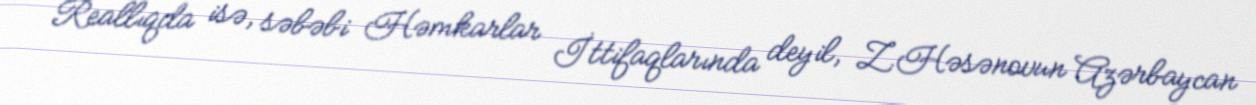
Reallıqda isə, səbəbi Həmkarlar İttifaqlarında deyil, Z.Həsənovun Azərbaycan